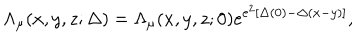
LaTeX: \Lambda _ { \mu } ( x , y , z ; \Delta ) = \Lambda _ { \mu } ( x , y , z ; 0 ) e ^ { e ^ { 2 } \left[ \Delta ( 0 ) - \Delta ( x - y ) \right] } ,